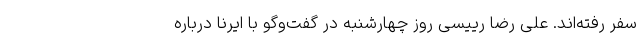
سفر رفته‌اند. علی رضا رییسی روز چهارشنبه در گفت‌وگو با ایرنا درباره